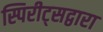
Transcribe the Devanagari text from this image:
स्पिरीट्सद्वारा